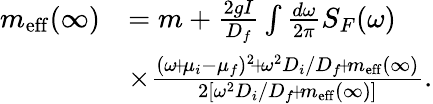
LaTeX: \begin{array}{rl}{m_{\mathrm{eff}}(\infty)}&{=m+\frac{2gI}{D_{f}}\int\frac{d\omega}{2\pi}S_{F}(\omega)}\\ &{\times\frac{(\omega\! +\! \mu_{i}-\mu_{f})^{2}\! +\! \omega^{2}D_{i}/D_{f}\! +\! m_{\mathrm{eff}}(\infty)}{2[\omega^{2}D_{i}/D_{f}\! +\! m_{\mathrm{eff}}(\infty)]}.}\end{array}